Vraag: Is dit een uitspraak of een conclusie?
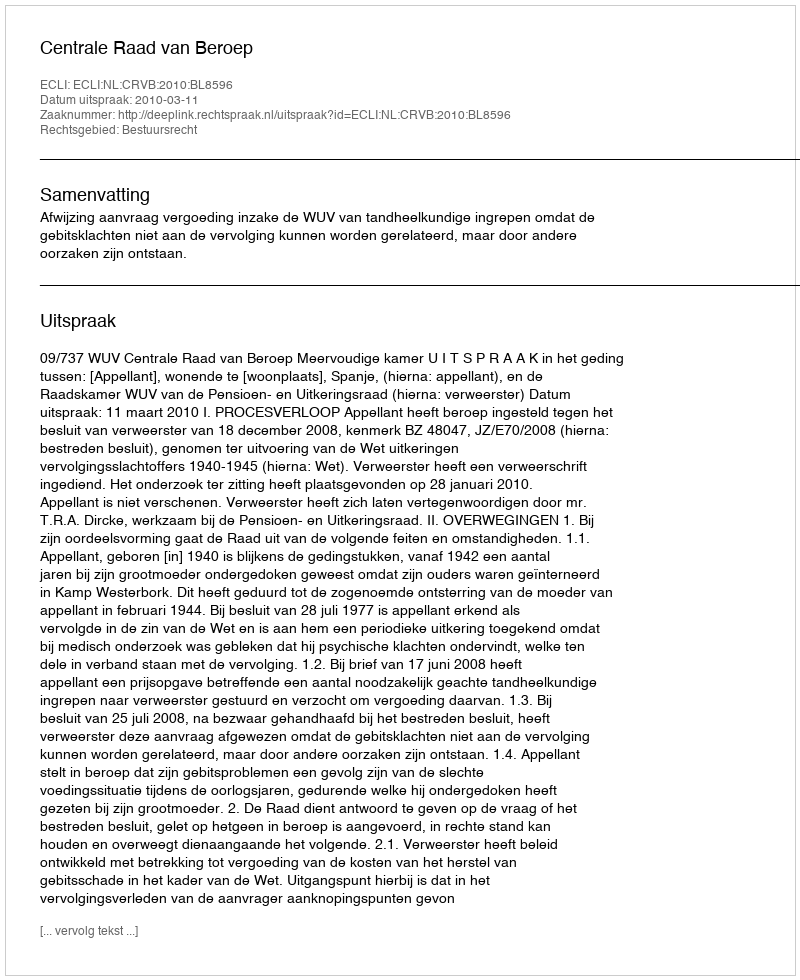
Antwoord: Uitspraak